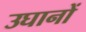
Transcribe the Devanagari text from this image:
उघानों